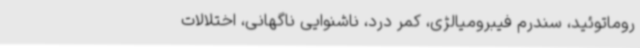
روماتوئید، سندرم فیبرومیالژی، کمر درد، ناشنوایی ناگهانی، اختلالات